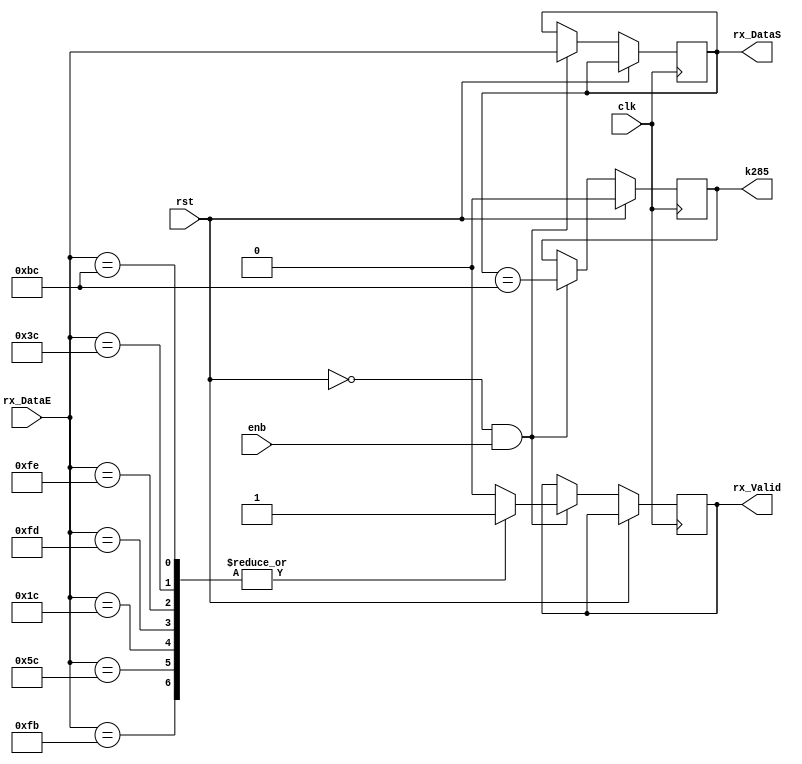
`timescale 1ns/1ps


module detector_k285(
  clk, 					//clock
  rst,					//reset
  enb,					//enb
  rx_DataE,				// array de rx_DataE de datos del canal RX
  rx_Valid,				// rx_Valid == 0, sel de control, rx_Valid == 1 seal de datos o IDLE
  k285, 				// indica que se detecto seal k28.5
  rx_DataS				//array de salida con la informacion, indistinto de si es data o seal de control
);


  //Entradas y salidas
  input wire clk;			
  input wire rst;
  input wire enb;
  input wire [7:0] rx_DataE;		 
  output reg k285;		
  output reg rx_Valid;
  output reg [7:0] rx_DataS;
  //parametros

  parameter [7:0] COM = 8'hBC;  
  parameter [7:0] STP = 8'hFB;
  parameter [7:0] SDP = 8'h5C;
  parameter [7:0] SKP = 8'h1C;
  parameter [7:0] END = 8'hFD;
  parameter [7:0] EDB = 8'hFE;
  parameter [7:0] FTS = 8'h3C;
  parameter [7:0] IDLE = 8'h7C;


  always @ (posedge clk) begin
    if (rst) begin
      k285 <= 0;			
   // rx_Valid <= 0;				//deshabilita la bandera de lectura
    end else if (!rst && enb ) begin
		rx_DataS <= rx_DataE;			//Se pasa el byte de entrada a la salida.
		k285 <= ( rx_DataS == COM );		//se cambia el estado rx_Valid
							//solo se indicara cuando se detecta un COM pero no se implementara funcionalidad con el
	//       rx_Valid <= k285 ? ~rx_Valid : rx_Valid;   //Si k285==1  ~rx_Valid, si k285==0 rx_Valid
		case (rx_DataE)
			STP: rx_Valid <= 1;
			SDP: rx_Valid <= 1;
			SKP: rx_Valid <= 1;
			END: rx_Valid <= 1;
			EDB: rx_Valid <= 1;
			FTS: rx_Valid <= 1;
			COM: rx_Valid <= 1;
			default: rx_Valid <= 0;
					
		endcase

	end
    end
endmodule